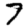
Digit: 7